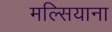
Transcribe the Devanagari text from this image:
मल्सियाना